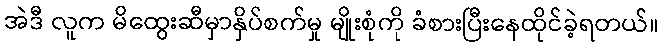
အဲဒီ လူက မိထွေးဆီမှာနှိပ်စက်မှု မျိုးစုံကို ခံစားပြီးနေထိုင်ခဲ့ရတယ်။